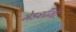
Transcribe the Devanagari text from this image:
मेडशींगी